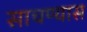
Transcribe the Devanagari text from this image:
साचण्यास